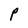
Character: P